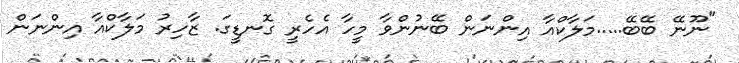
"ނޫނޭ ބޭބޭ.....މަލާކްއާ އިންނަން ބޭނުންވާ މީހާ އެހެރީ ގޮނޑީގަ. ޒާހިރު މަލާކްއާ އިންނަން